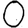
Digit: 0